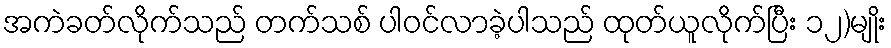
အကဲခတ်လိုက်သည် တက်သစ် ပါဝင်လာခဲ့ပါသည် ထုတ်ယူလိုက်ပြီး ၁၂)မျိုး